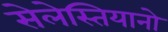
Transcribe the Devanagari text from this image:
सेलेस्तियानो